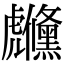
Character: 虪